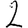
Digit: 2